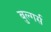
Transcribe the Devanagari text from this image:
बुल्गर्स